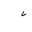
Letter: _non